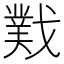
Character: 𫼆